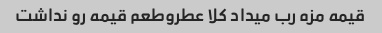
قیمه مزه رب میداد کلا عطروطعم قیمه رو نداشت